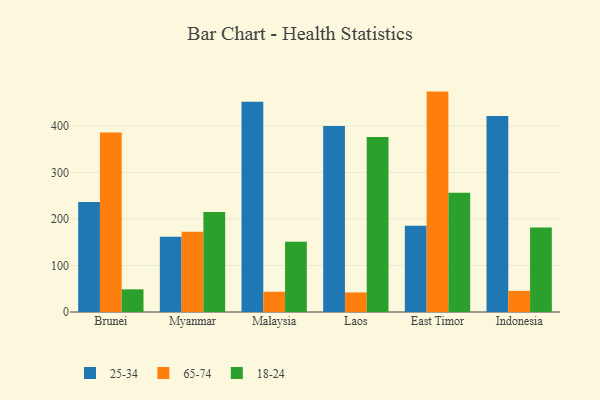
{"axis": {"x": "Country", "y": "Page Views"}, "legend": ["18-24", "25-34", "65-74"], "data": [{"x": "Brunei", "y": 236.4, "type": "25-34"}, {"x": "Brunei", "y": 385.6, "type": "65-74"}, {"x": "Brunei", "y": 48.7, "type": "18-24"}, {"x": "Myanmar", "y": 161.7, "type": "25-34"}, {"x": "Myanmar", "y": 172.6, "type": "65-74"}, {"x": "Myanmar", "y": 215.0, "type": "18-24"}, {"x": "Malaysia", "y": 451.7, "type": "25-34"}, {"x": "Malaysia", "y": 43.5, "type": "65-74"}, {"x": "Malaysia", "y": 150.8, "type": "18-24"}, {"x": "Laos", "y": 399.6, "type": "25-34"}, {"x": "Laos", "y": 42.0, "type": "65-74"}, {"x": "Laos", "y": 375.8, "type": "18-24"}, {"x": "East Timor", "y": 185.6, "type": "25-34"}, {"x": "East Timor", "y": 473.6, "type": "65-74"}, {"x": "East Timor", "y": 256.1, "type": "18-24"}, {"x": "Indonesia", "y": 421.3, "type": "25-34"}, {"x": "Indonesia", "y": 45.4, "type": "65-74"}, {"x": "Indonesia", "y": 181.5, "type": "18-24"}]}